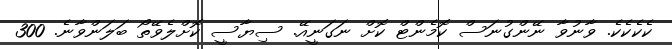
ކެކެކެކެ. ވާނުވާ ނޭންގުނަސް ކޮމެންޓް ކޮށް ނަގަނީއޭ. ސިޔާސީ ކޮށްލެވޭތޯ ބަލަންވާނެ. 300